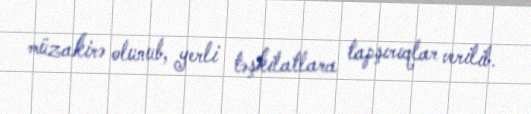
müzakirə olunub, yerli təşkilatlara tapşırıqlar verilib.